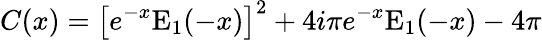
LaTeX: C(x)=\left[e^{-x}\mathrm{E}_{1}(-x)\right]^{2}+4i\pi e^{-x}\mathrm{E}_{1}(-x)-4\pi